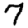
Digit: 7